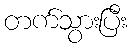
တက်သွားပြီး